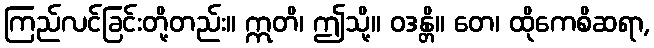
ကြည်လင်ခြင်းတို့တည်း။ ဣတိ၊ ဤသို့။ ဝဒန္တိ။ တေ၊ ထိုကေစိဆရာ,